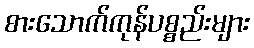
စားသောက်ကုန်ပစ္စည်းများ